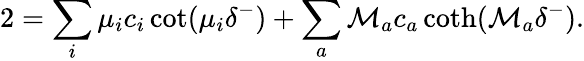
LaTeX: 2=\sum_{i}\mu_{i}c_{i}\cot(\mu_{i}\delta^{-})+\sum_{a}\mathcal{M}_{a}c_{a}\coth(\mathcal{M}_{a}\delta^{-}).